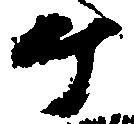
ヶ